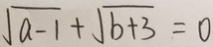
\sqrt { a - 1 } + \sqrt { b + 3 } = 0